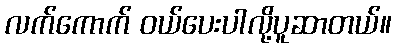
လက်ကောက် ဝယ်ပေးပါလို့ပူဆာတယ်။